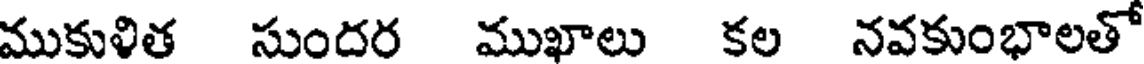
ముకుళిత సుందర ముఖాలు కల నవకుంభాలతో